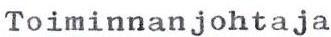
Toiminnanjohtaja